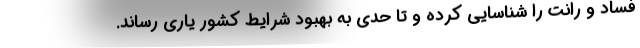
فساد و رانت را شناسایی کرده و تا حدی به بهبود شرایط کشور یاری رساند.